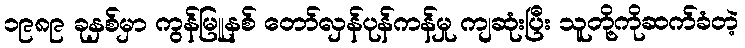
၁၉၈၉ ခုနှစ်မှာ ကွန်မြူနစ် တော်လှန်ပုန်ကန်မှု ကျဆုံးပြီး သူတို့ကိုဆက်ခံတဲ့